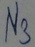
Text: N3